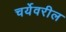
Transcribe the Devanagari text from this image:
चर्येवरील